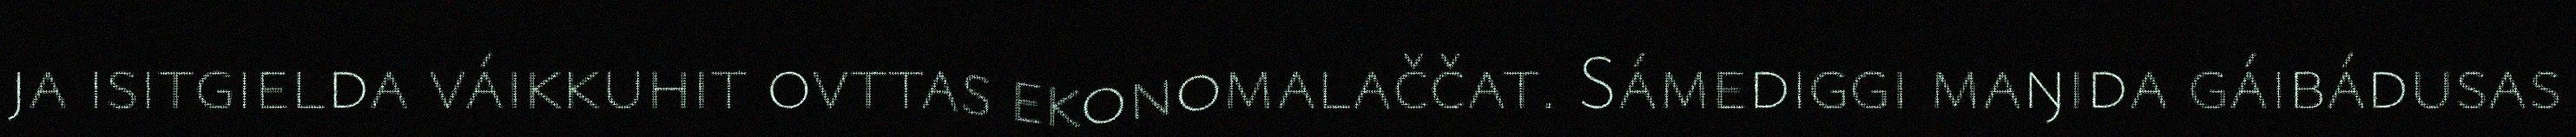
ja isitgielda váikkuhit ovttas ekonomalaččat. Sámediggi maŋida gáibádusas